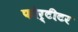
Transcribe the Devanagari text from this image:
फोर्टीटर